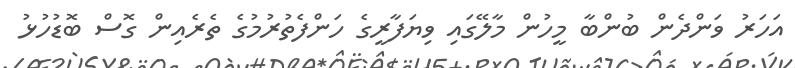
އަހަރު ވަންދެން ބުންބާ މީހުން މާލޭގައި ވިޔަފާރީގެ ހަންފެތުރުމުގެ ތެރެއިން ގޮސް ބޮޑުހުޅު